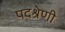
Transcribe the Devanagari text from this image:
पदश्रेणी